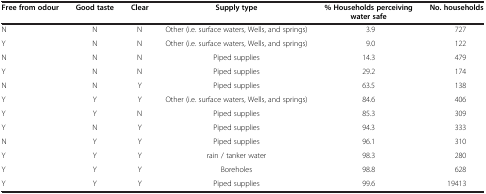
| Free from odour | Good taste | Clear | Supply type | % Households perceiving water safe | No. households |
 | --- | --- | --- | --- | --- | --- |
 | N | N | N | Other (i.e. surface waters, Wells, and springs) | 3.9 | 727 |
 | Y | N | N | Other (i.e. surface waters, Wells, and springs) | 9.0 | 122 |
 | N | N | N | Piped supplies | 14.3 | 479 |
 | Y | N | N | Piped supplies | 29.2 | 174 |
 | N | N | Y | Piped supplies | 63.5 | 138 |
 | Y | Y | Y | Other (i.e. surface waters, Wells, and springs) | 84.6 | 406 |
 | Y | Y | N | Piped supplies | 85.3 | 309 |
 | Y | N | Y | Piped supplies | 94.3 | 333 |
 | N | Y | Y | Piped supplies | 96.1 | 310 |
 | Y | Y | Y | rain / tanker water | 98.3 | 280 |
 | Y | Y | Y | Boreholes | 98.8 | 628 |
 | Y | Y | Y | Piped supplies | 99.6 | 19413 |